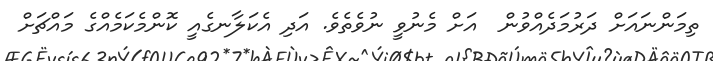
ތިމަންނައަށް ދަރުމަދެއްވުން  އަށް މެނުވީ ނުވެތެވެ. އަދި އެކަލާނގެއީ ކޮންމެކަމެއްގެ މައްޗަށް